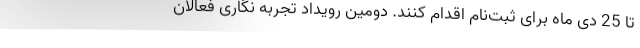
تا 25 دی ماه برای ثبت‌نام اقدام کنند. دومین رویداد تجربه نگاری فعالان